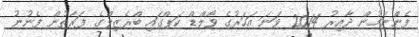
ފެންނަމުން ދާއިރު 2014 ވަނަ އަހަރުގެ ވޯލްޑް ކަޕްގައި ބްރެޒިލްގެ ފަރާތުން ފެނުނު